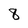
Character: 8